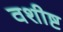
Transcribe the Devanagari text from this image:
वशीष्ट